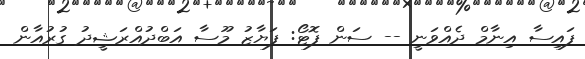
ފައިސާ އިނާމް ދެއްވަނީ -- ސަން ފޮޓޯ: ފަޔާޒު މޫސާ އަބްދުއްރަޝީދު ގުރުއާން